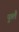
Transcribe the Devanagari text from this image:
फुलै